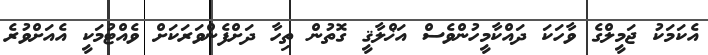
އެކަމަކު ޖަމީލްގެ ވާހަކަ ދައްކާމީހުންވެސް އަޚްލާޤީ ގޮތުން ތިހާ ދަށްފެންވަރަކަށް ވެއްޓުމަކީ އެއަށްވުރެ